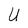
Character: U